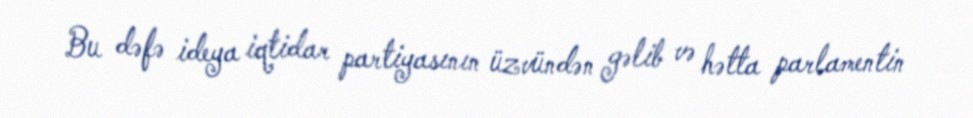
Bu dəfə ideya iqtidar partiyasının üzvündən gəlib və hətta parlamentin